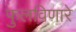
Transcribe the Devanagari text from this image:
फुलविणारे